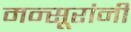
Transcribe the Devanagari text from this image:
मन्सूरांनी